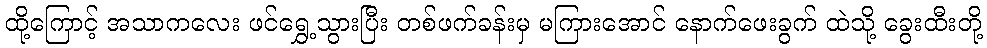
ထို့ကြောင့် အသာကလေး ဖင်ရွှေ့သွားပြီး တစ်ဖက်ခန်းမှ မကြားအောင် နောက်ဖေးခွက် ထဲသို့ ခွေးထီးတို့